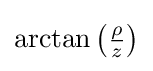
{\textstyle \arctan \left({\frac {\rho }{z}}\right)}